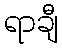
ရာချီ